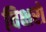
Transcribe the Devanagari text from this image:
विक्षरो